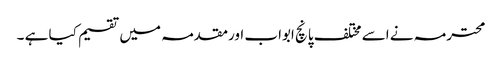
محترمہ نے اسے مختلف پانچ ابواب اورمقدمہ میں تقسیم کیا ہے ۔